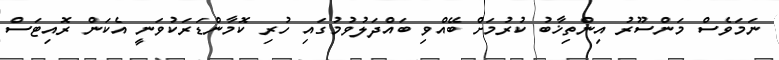
ނަމަވެސް މަންސޫރު އިންތިޚާބު ކުރުމަށް ބޭއްވި ބައްދަލުވުމުގައި ހުރި ކޮމާންޑަރަކުވަނީ އެކަން ރޮއިޓަސް